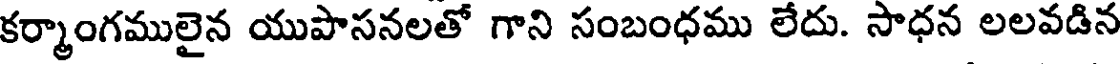
కర్మాంగములైన యుపాసనలతో గాని సంబంధము లేదు. సాధన లలవడిన